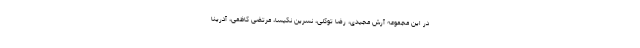
در این مجموعه آرش مجیدی، رضا توکلی، نسرین نکیسا، مرتضی کاظمی، آدرینا